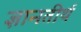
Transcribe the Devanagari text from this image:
ज्ञानतीर्थ